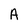
Character: A